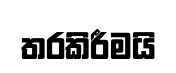
තරකිරීමයි